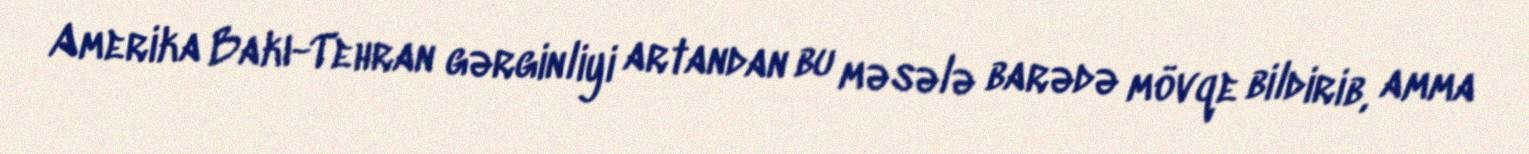
Amerika Bakı-Tehran gərginliyi artandan bu məsələ barədə mövqe bildirib, amma